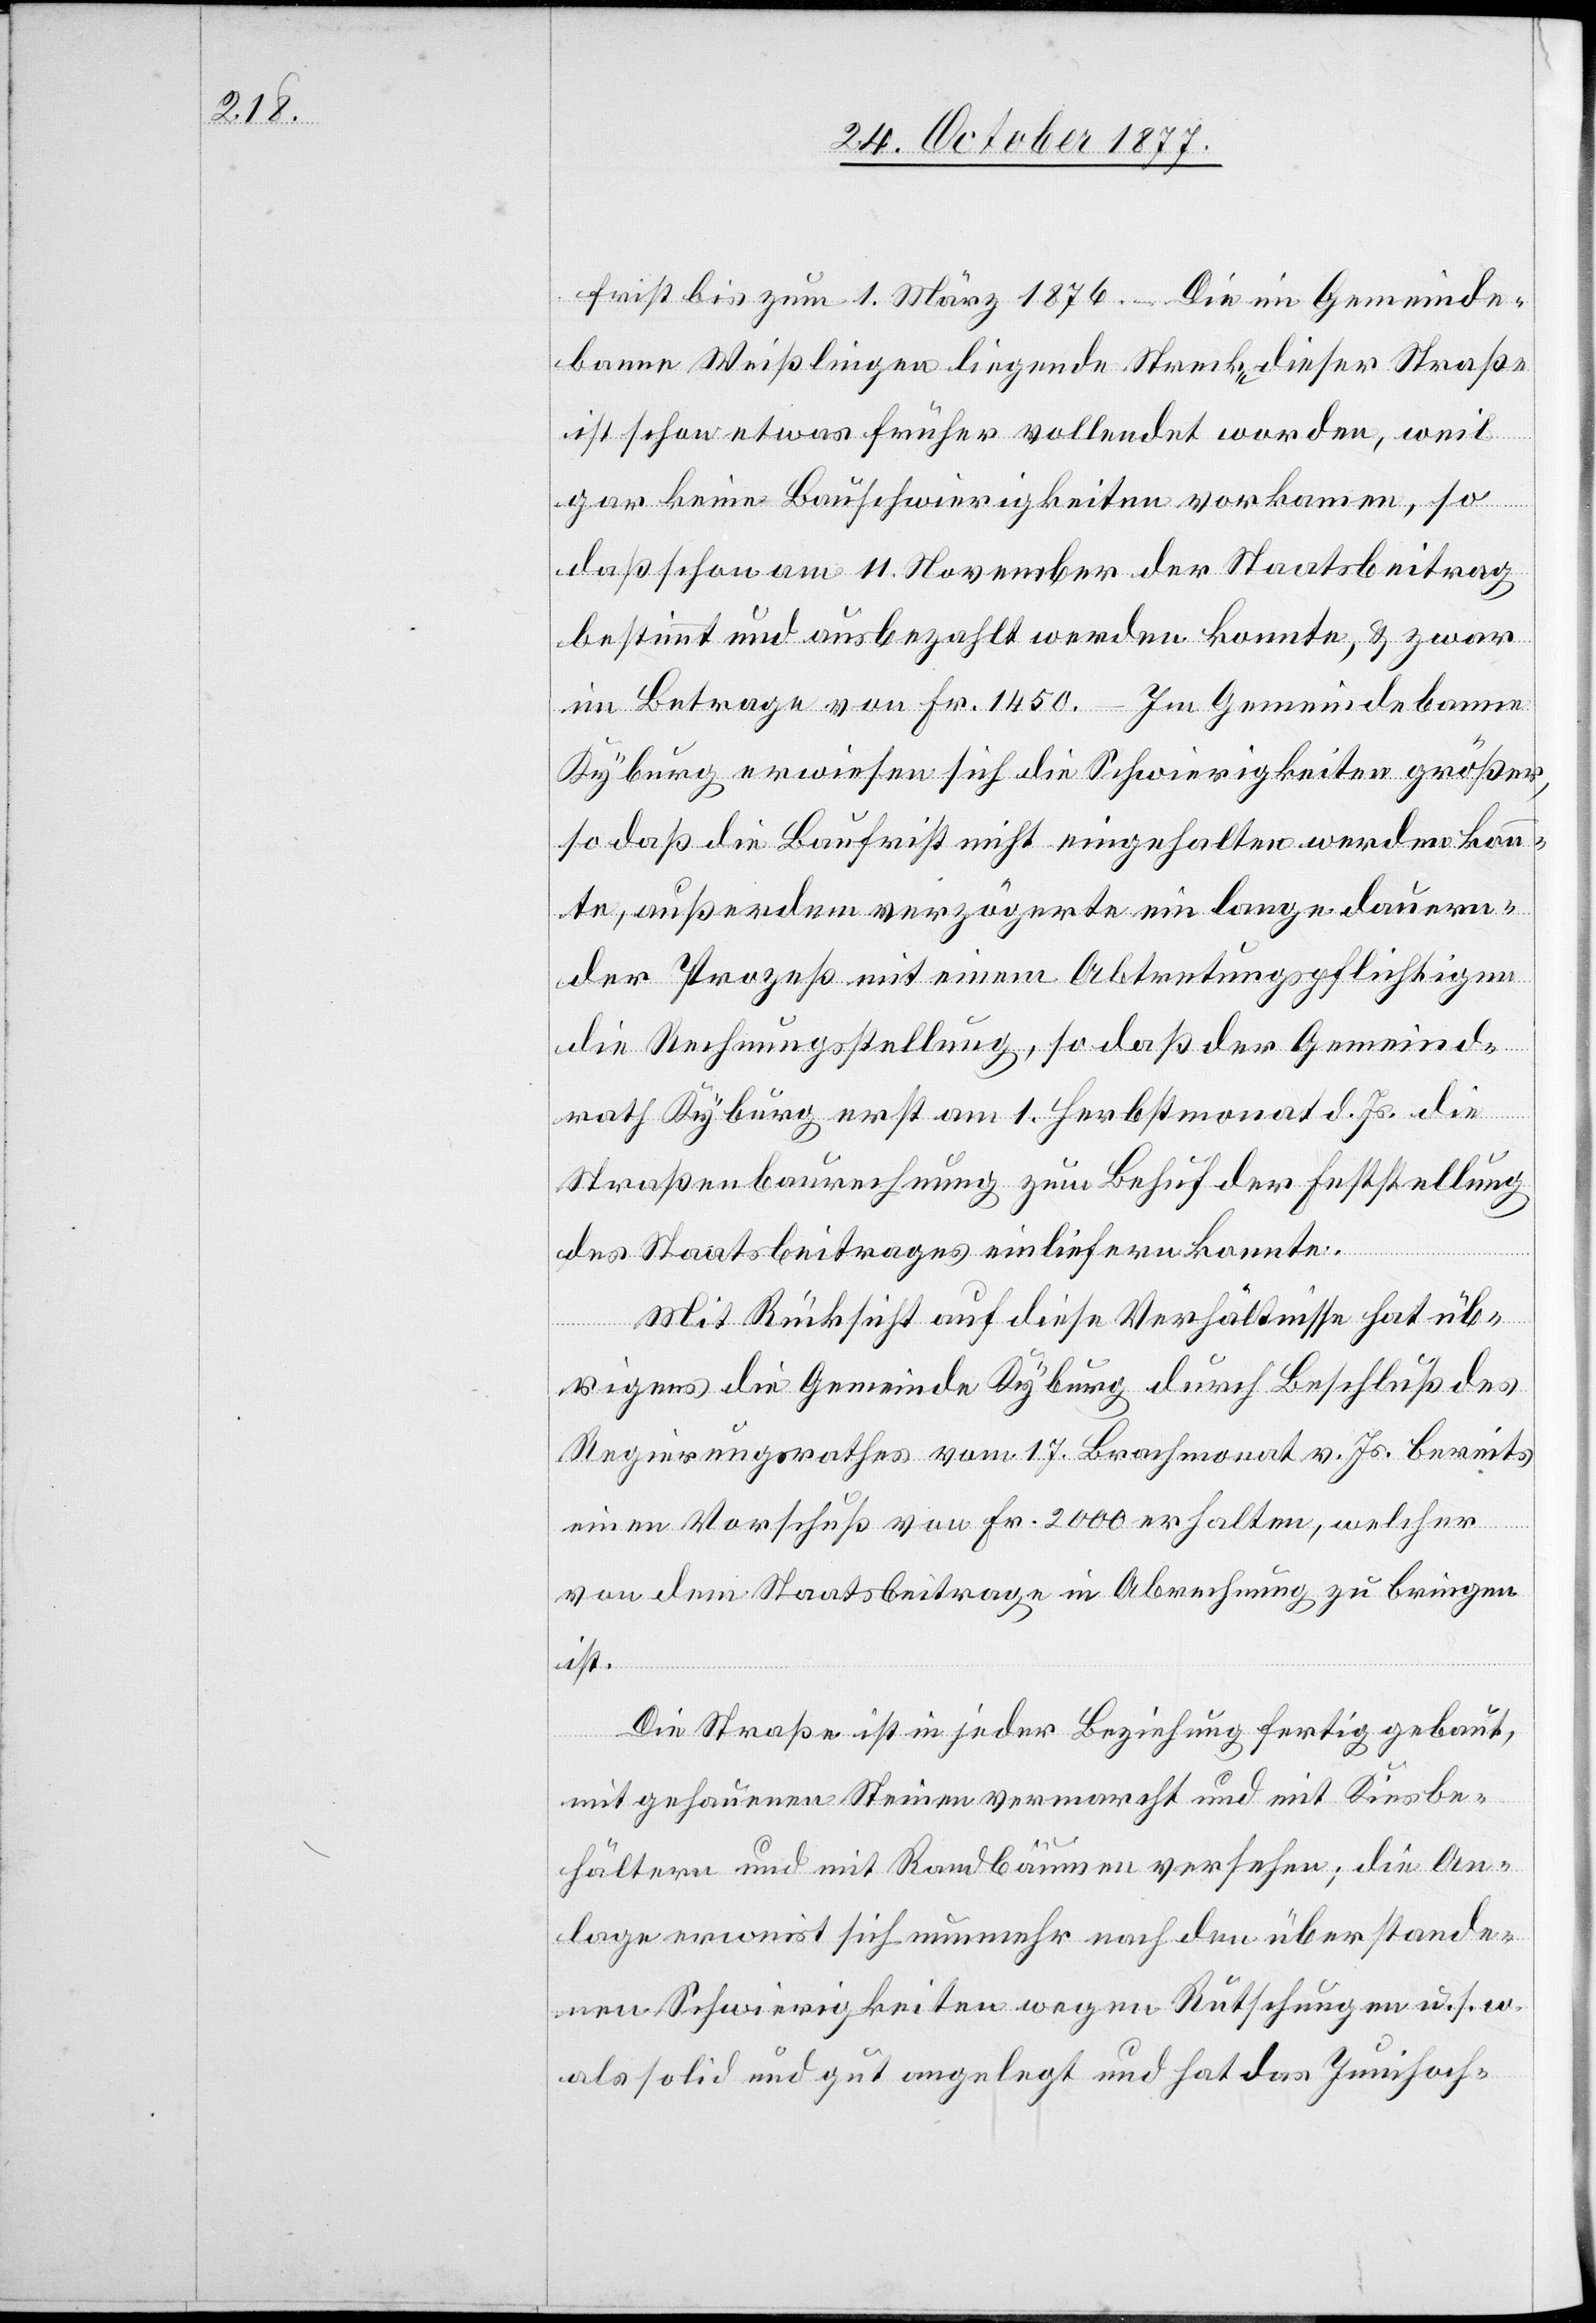
frist bis zum 1. März 1876. – Die im Gemeinde¬
banne Weißlingen liegende Strecke dieser Straße
ist schon etwas früher vollendet worden, weil
gar keine Bauschwierigkeiten vorkamen, so
daß schon am 11. November der Staatsbeitrag
bestimmt und ausbezahlt werden konnte, & zwar
im Betrage von Fr. 1450. – Im Gemeindebanne
Kyburg erwiesen sich die Schwierigkeiten größer,
so daß die Baufrist nicht eingehalten werden konn¬
te, außerdem verzögerte ein lange dauern¬
der Prozeß mit einem Abtretungspflichtigen
die Rechnungsstellung, so daß der Gemeind¬
rath Kyburg erst am 1. Herbstmonat d. Js. die
Straßenbaurechnung zum Behuf der Feststellung
des Staatsbeitrages einliefern konnte.
Mit Rücksicht auf diese Verhältnisse hat üb¬
rigens die Gemeinde Kyburg durch Beschluß des
Regierungsrathes vom 17. Brachmonat v. Js. bereits
einen Vorschuß von Fr. 2000 erhalten, welcher
von dem Staatsbeitrage in Abrechnung zu bringen
ist.
Die Straße ist in jeder Beziehung fertig gebaut,
mit gehauenen Steinen vermarcht und mit Kiesbe¬
hältern und mit Randbäumen versehen; die An¬
lage erweist sich nunmehr nach den überstande¬
nen Schwierigkeiten wegen Rutschungen u. s. w.
als solid und gut angelegt und hat das Junihoch-